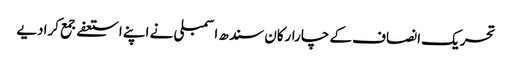
تحریک انصاف کے چارارکان سندھ اسمبلی نے اپنے استعفےجمع کرادیے